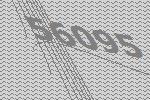
56095